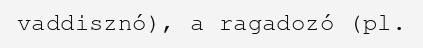
vaddisznó), a ragadozó (pl.